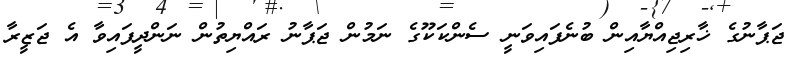
ޖަޕާނުގެ ޚާރިޖިއްޔާއިން ބުނެފައިވަނީ ސެންކަކޫގެ ނަމުން ޖަޕާނު ރައްޔިތުން ނަންދީފައިވާ އެ ޖަޒީރާ